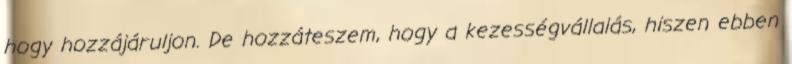
hogy hozzájáruljon. De hozzáteszem, hogy a kezességvállalás, hiszen ebben